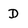
Character: D